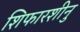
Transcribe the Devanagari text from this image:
शिफारशीनु